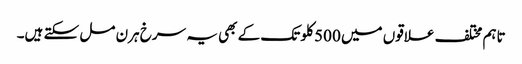
تاہم مختلف علاقوں میں 500 کلو تک کے بھی یہ سرخ ہرن مل سکتے ہیں۔